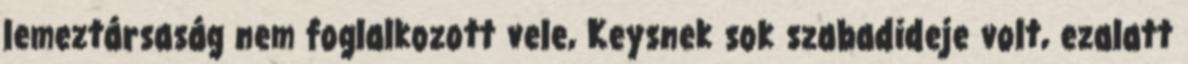
lemeztársaság nem foglalkozott vele, Keysnek sok szabadideje volt, ezalatt